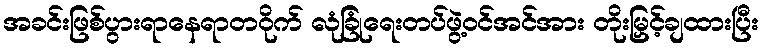
အခင်းဖြစ်ပွားရာနေရာတဝိုက် လုံခြုံရေးတပ်ဖွဲ့ဝင်အင်အား တိုးမြှင့်ချထားပြီး